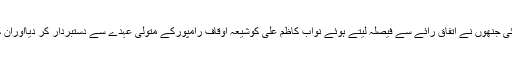
اب شیعہ سینٹرل وقف بورڈکے سبھی ارکان کی میٹنگ ہوئی جنھوں نے اتفاق رائے سے فیصلہ لیتے ہوئے نواب کاظم علی کوشیعہ اوقاف رامپورکے متولی عہدے سے دستبردار کر دیااوران کی جگہ سیدوسیم میاں ولدوجن میاں کومتولی مقررکیا ہے۔